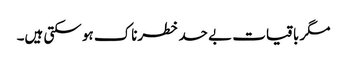
مگر باقیات بے حد خطرناک ہو سکتی ہیں۔